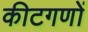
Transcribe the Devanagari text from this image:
कीटगणों